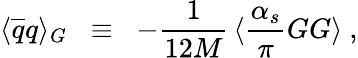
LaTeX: \langle\overline{{{q}}}q\rangle_{G}\; \; \equiv\; \; -\frac{1}{12M}\, \langle\frac{\alpha_{s}}{\pi}GG\rangle\ ,